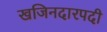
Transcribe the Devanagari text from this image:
खजिनदारपदी